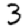
Digit: 3